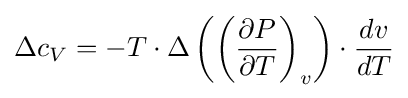
{\Delta c_{V}=-T\cdot \Delta \left({\left({{\partial P} \over {\partial T}}\right)_{v}}\right)\cdot {{dv} \over {dT}}}